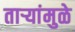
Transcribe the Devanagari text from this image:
तार्‍यांमुळे